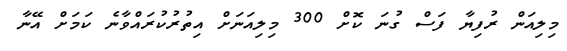
މިލިއަން ރުފިޔާ ފަސް ގުނަ ކޮށް 300 މިލިއަނަށް އިތުރުކުރައްވާނެ ކަމަށް އޭނާ